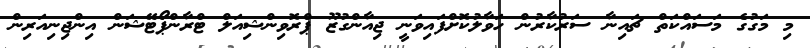
މި މަގުގެ މަސައްކަތް ޗައިނާ ސަރުކާރުން ހަވާލުކޮށްފައިވަނީ ޖިއާންގުޒޫ ޕްރޮވިންޝިއަލް ޓްރާންޕޯޓޭޝަން އިންޖިނިއަރިން